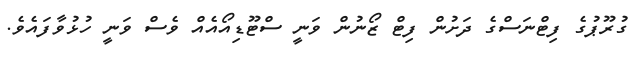
ގުރޫޕުގެ ފިޓްނަސްގެ ދަށުން ފިޓް ޒޯނުން ވަނީ ސްޓޫޑިއޯއެއް ވެސް ވަނީ ހުޅުވާފައެވެ.